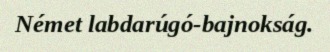
Német labdarúgó-bajnokság.